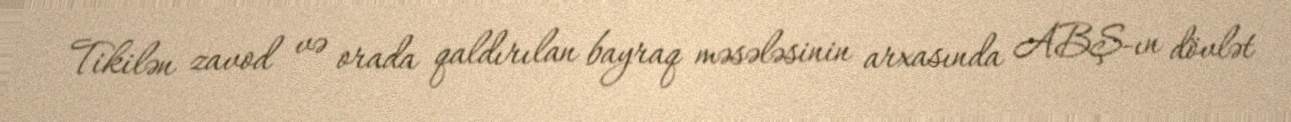
Tikilən zavod və orada qaldırılan bayraq məsələsinin arxasında ABŞ-ın dövlət